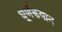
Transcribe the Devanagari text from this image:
घूर्णकयान